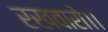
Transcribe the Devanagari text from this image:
रखवारो।।